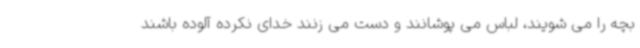
بچه را می شویند، لباس می پوشانند و دست می زنند خدای نکرده آلوده باشند